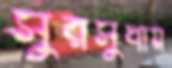
সুরসুধায়